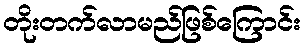
တိုးတက်လာမည်ဖြစ်ကြောင်း